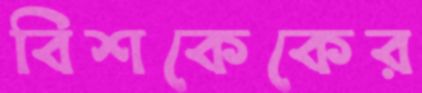
বিশকেকের